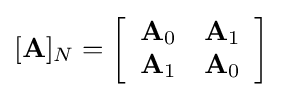
[\mathbf {A} ]_{N}=\left[{\begin{array}{rrrr}\mathbf {A} _{0}&\mathbf {A} _{1}\\\mathbf {A} _{1}&\mathbf {A} _{0}\\\end{array}}\right]